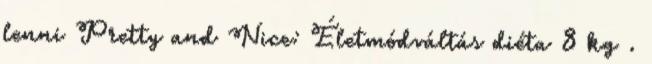
lenni Pretty and Nice: Életmódváltás diéta 8 kg .